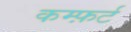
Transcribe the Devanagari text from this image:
कम्फ़र्ट